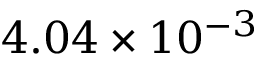
4 . 0 4 \times 1 0 ^ { - 3 }